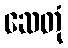
ဆေတုံ